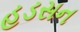
હડસન